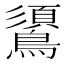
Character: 𪆦